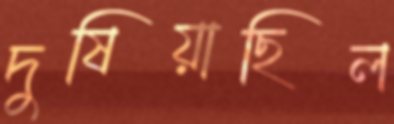
দুষিয়াছিল